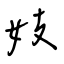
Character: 妓